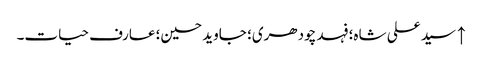
↑ سید علی شاہ؛ فہد چودھری؛ جاوید حسین؛ عارف حیات۔